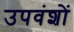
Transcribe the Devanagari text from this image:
उपवंशों